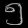
Digit: ၅